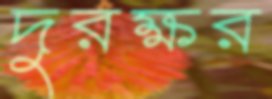
দুরক্ষর